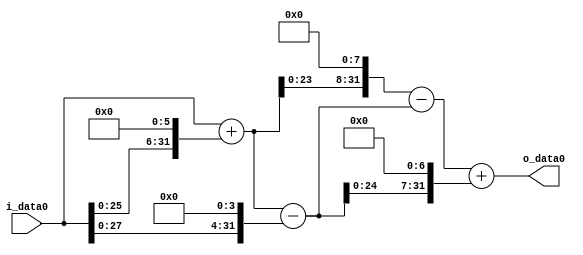
module multiplier_block (
    i_data0,
    o_data0
);

  // Port mode declarations:
  input   [31:0] i_data0;
  output  [31:0]
    o_data0;

  //Multipliers:

  wire [31:0]
    w1,
    w64,
    w65,
    w16,
    w49,
    w16640,
    w16591,
    w6272,
    w22863;

  assign w1 = i_data0;
  assign w16 = w1 << 4;
  assign w16591 = w16640 - w49;
  assign w16640 = w65 << 8;
  assign w22863 = w16591 + w6272;
  assign w49 = w65 - w16;
  assign w6272 = w49 << 7;
  assign w64 = w1 << 6;
  assign w65 = w1 + w64;

  assign o_data0 = w22863;

  //multiplier_block area estimate = 6822.44635618971;
endmodule